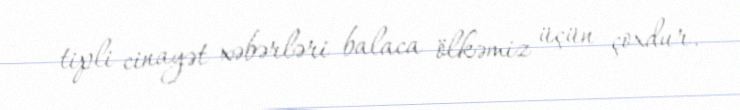
tipli cinayət xəbərləri balaca ölkəmiz üçün çoxdur.